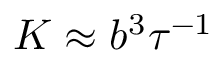
K \approx b ^ { 3 } \tau ^ { - 1 }